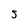
Character: 5